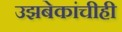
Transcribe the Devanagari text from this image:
उझबेकांचीही